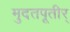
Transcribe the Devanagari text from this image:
मुदतपूतीर्